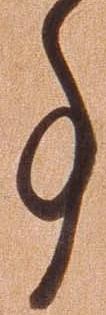
亊